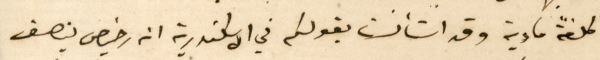
كلفةً مادية وقد استأنست بقولكم في الاسكندرية انه رخيص بنصف